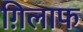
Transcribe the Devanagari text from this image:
ग़िलाफ